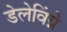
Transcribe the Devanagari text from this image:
डेलेविंग्ने